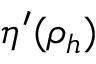
\eta ^ { \prime } ( \rho _ { h } )